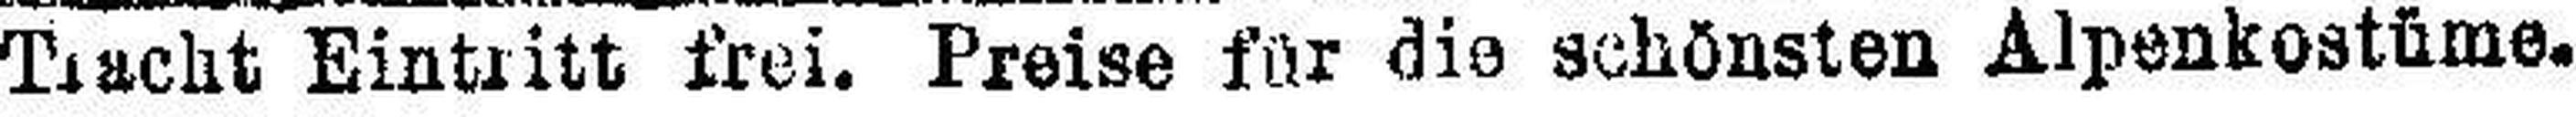
Tischt Eintritt frei. Preise für die schönsten Alpenkostüme.